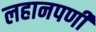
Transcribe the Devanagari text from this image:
लहानपणीं